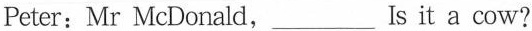
Peter:Mr McDonald,___Is it a cow?